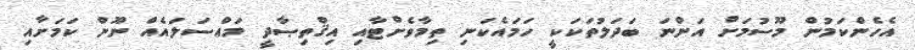
އެހެންކަމުން މޫސުމަށް އަންނަ ބަދަލުތަކަކީ ހަމައެކަނި ތިމާވެށްޓާއި އިޤްތިޞާދީ މައްސަލައެއް ނޫން ކަމަށާއި